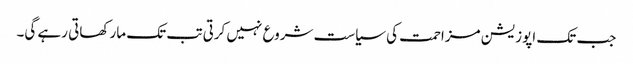
جب تک اپوزیشن مزاحمت کی سیاست شروع نہیں کرتی تب تک مار کھاتی رہے گی۔